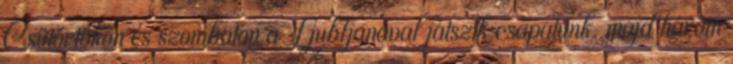
Csütörtökön és szombaton a Ljubljanával játszik csapatunk, majd három